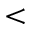
<